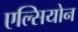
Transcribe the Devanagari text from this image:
एल्सियोन